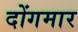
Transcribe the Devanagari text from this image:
दोंगमार